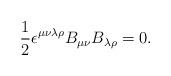
LaTeX: \begin{align*}\frac{1}{2}\epsilon^{\mu\nu\lambda\rho} B_{\mu\nu}B_{\lambda\rho} = 0 .\end{align*}